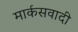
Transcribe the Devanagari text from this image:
मार्कसवादी